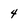
Character: 4